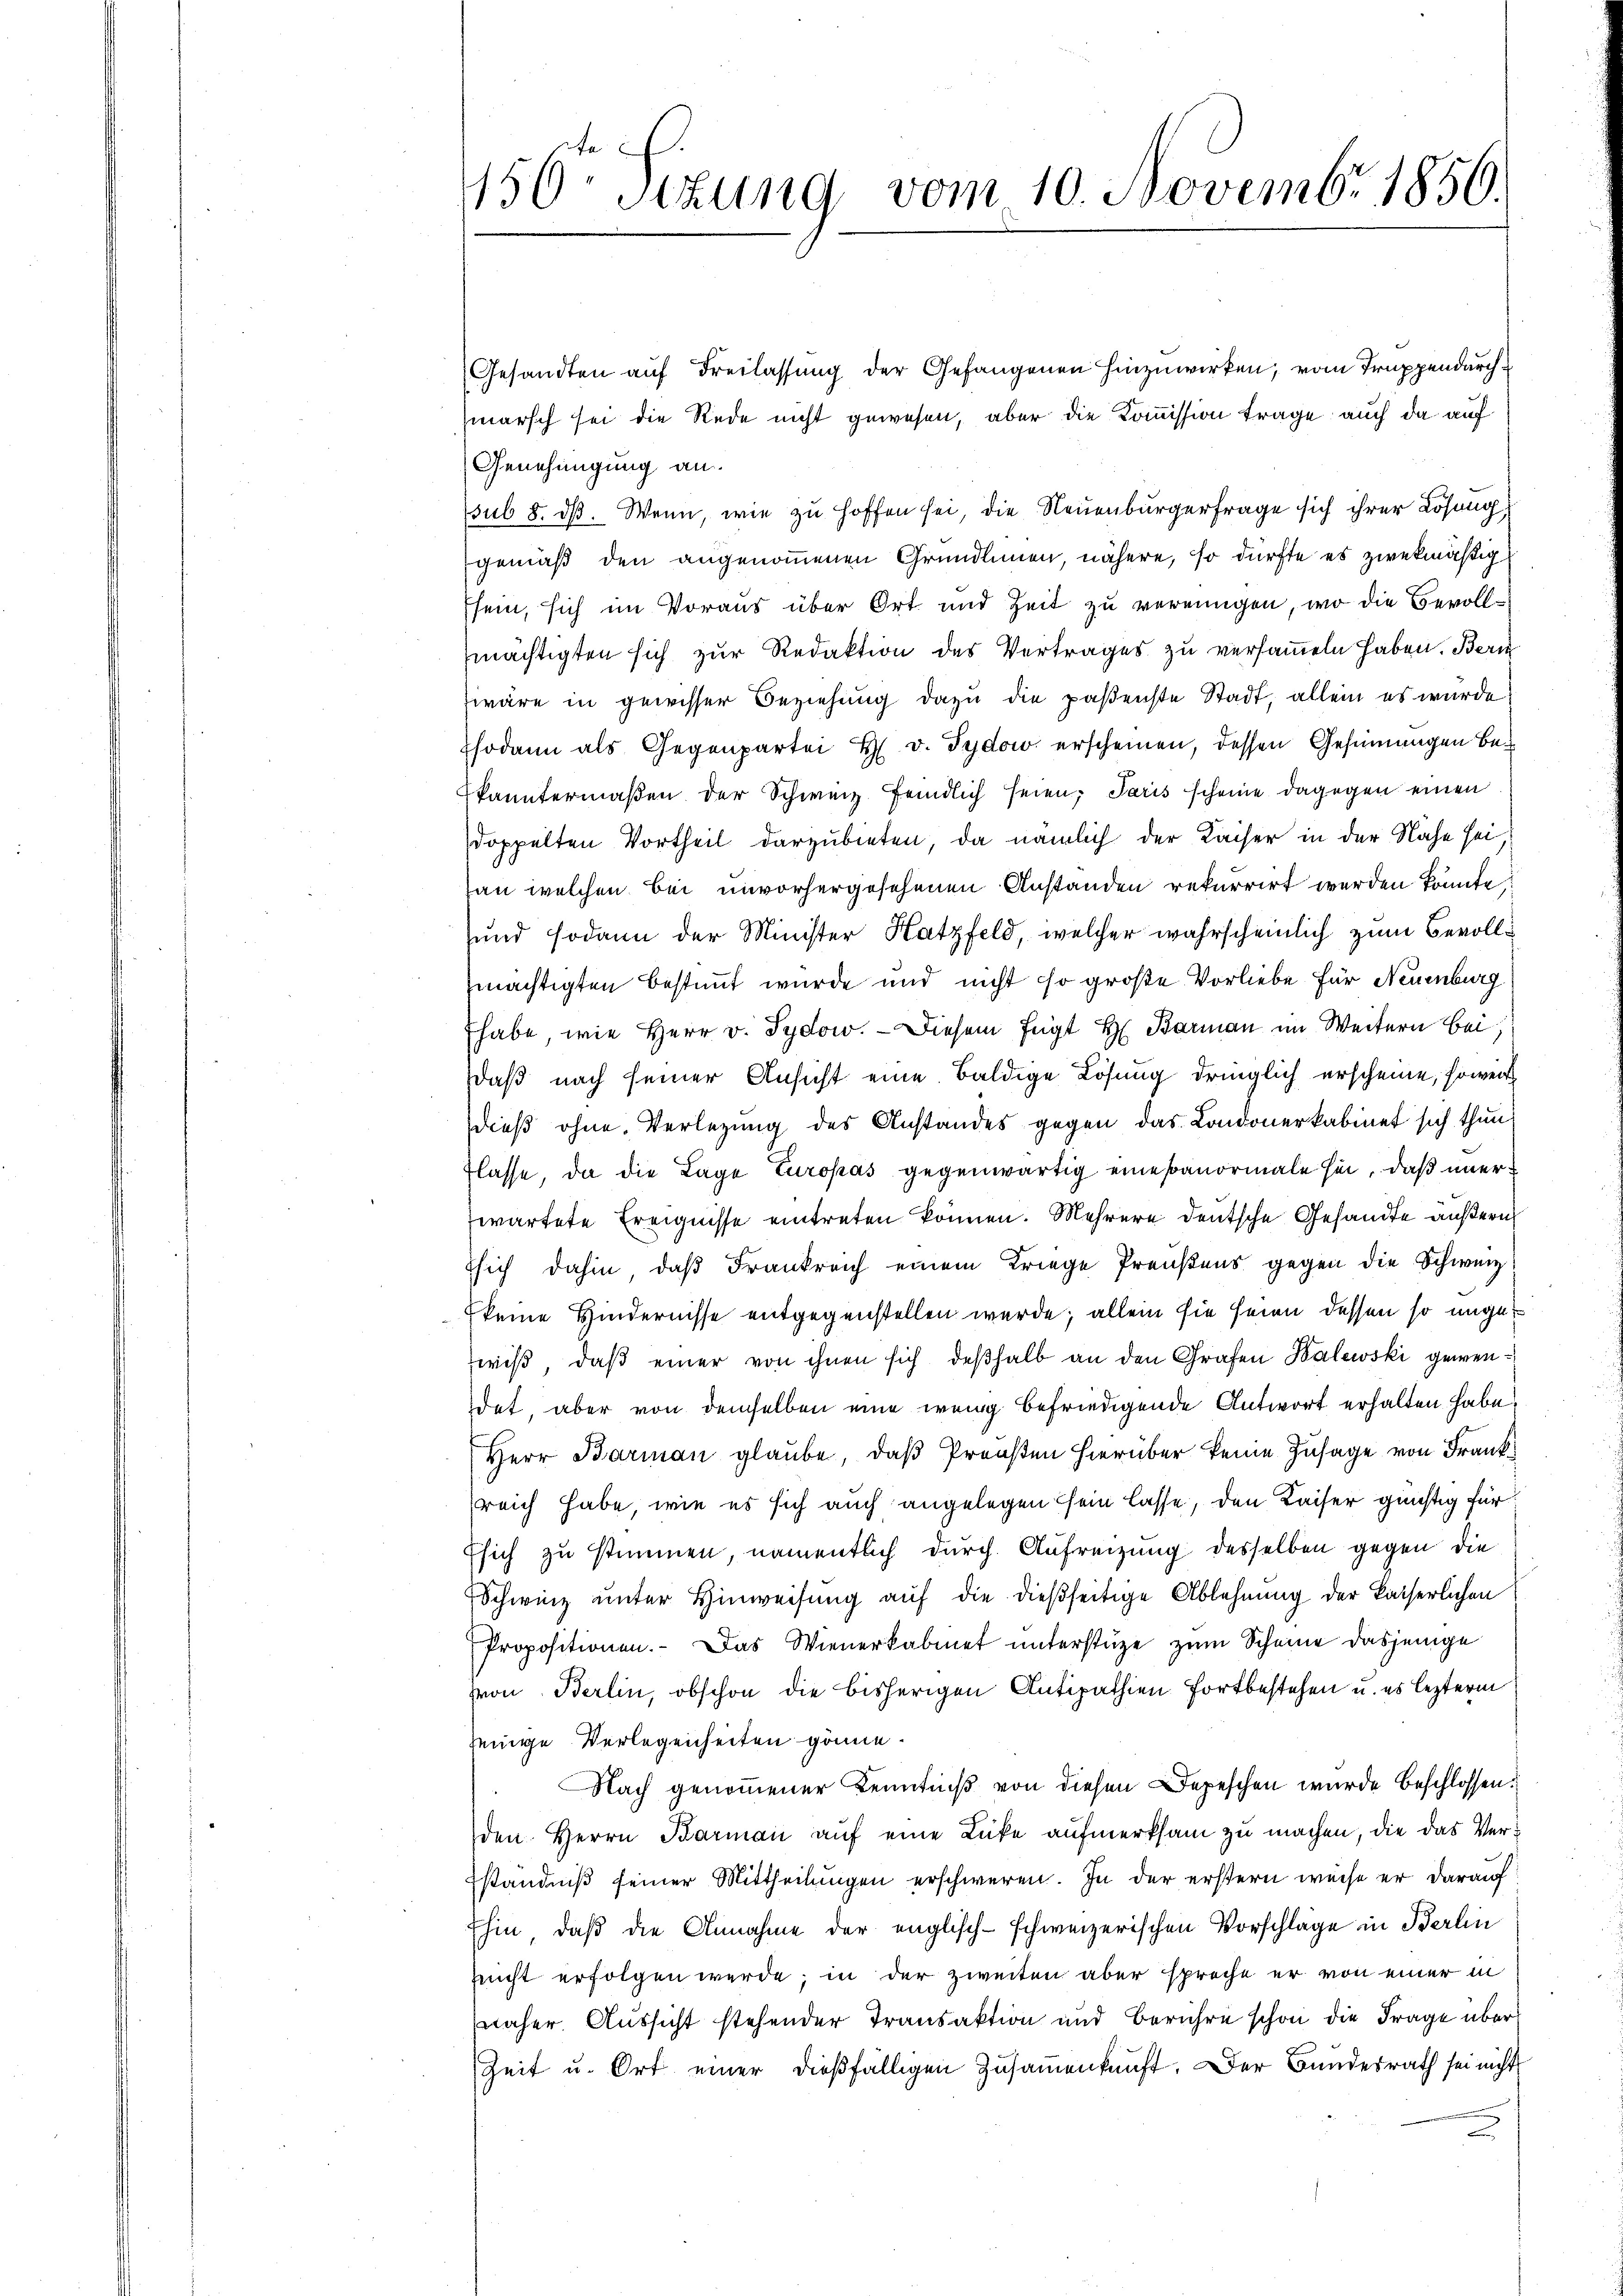
450. Sizung vom 10. Novembr. 1856.

Gesandten auf Freilassung der Gefangenen hinzuwirken, vom Truppendurchmarsch sei die Rede nicht gewesen, aber die Kommission trage auch da auf
Genehmigung an.
sub 8. dß. Wenn, wie zu hoffen sei, die Neuenburgerfrage sich ihrer Lösung,
gemäß den angenommenen Gründlimen, nähere, so dürfte es zwekmäßig
sein, sich im Voraus über Ort und Zeit zu vereinigen, wo die Bevollmächtigten sich zur Redaktion des Vertrages zu versammeln haben. Beri
zwäre in gewisser Beziehung dazu die paßenste Stadt, allein es wurde
sodann als Gegenpartei H. v. Tydow erscheinen, dessen Gesinnungen bekanntermaßen der Schweiz feindlich seien, Paris scheine dagegen einen
doppelten Vortheil darzubieten, da nämlich der Kaiser in der Nähe sei
an welchen bei unvorhergesehenen Anstanden rekurrirt werden könnte,
und sodann der Minister Katzfeld, welcher wahrscheinlich zum Bevollmächtigten bestimmt wurde und nicht so große Vorliebe für Neuenburg
Ehabe, wie Herr v. Sydow. — Diesem fügt H. Barmann im Weitern bei,
daß nach seiner Ansicht eine baldige Lösung dringlich erscheine, soweit
dieß ohne Verlegung des Anstandes gegen das Londonerkabinet sich thun
flasse, da die Lage Europas gegenwärtig eine anormale sei, daß unerwartete Ereignisse eintreten können. Mehrere deutsche Gesandte äußern
Esich dahin, daß Frankreich einem Kriege Preußens gegen die Schweiz
keine Hindernisse entgegenstellen werde; allein sie seien dessen so unge
wiß, daß einer von ihnen sich deßhalb an den Grafen Balewski gewendat, aber von demselben eine wenig befriedigende Antwort erhalten habe.
Herr Barman glaube, daß Preußen hierüber keine Zusage von Franksreich habe, wie es sich auch angelegen sein lasse, den Kaiser günstig für
Esich zu stimmen, namentlich durch Aufreizung desselben gegen die
Schwinz unter Hinweisung auf die dießseitige Ablehnung der kaiserlichen
Propositionen. Das Wienerkabinet unterstüze zum Scheine dasjenige
on Berlin, obschon die bisherigen Antipathien fortbestehen u. es lezterm
jenige Verlegenheiten gönne.
Nach genommener Kenntniß von diesen Depeschen wurde beschlossen.
den Herrn Barmann auf eine Lücke aufmerksam zu machen, die das Ver¬
Eständniß seiner Mittheilungen erschweren. In der erstern weise er darauf
Ehin, daß die Annahme der englisch-schweizerischen Vorschläge in Berlin
reicht erfolgen werde; in der zweiten aber spreche er von einer in
näher. Aussicht stehender Transaktion und Berühre schon die Frage über
Zeit u. Ort einer dießfälligen Zusammenkunft. Der Bundesrath sei nicht